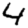
Digit: 4